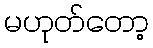
မဟုတ်တော့